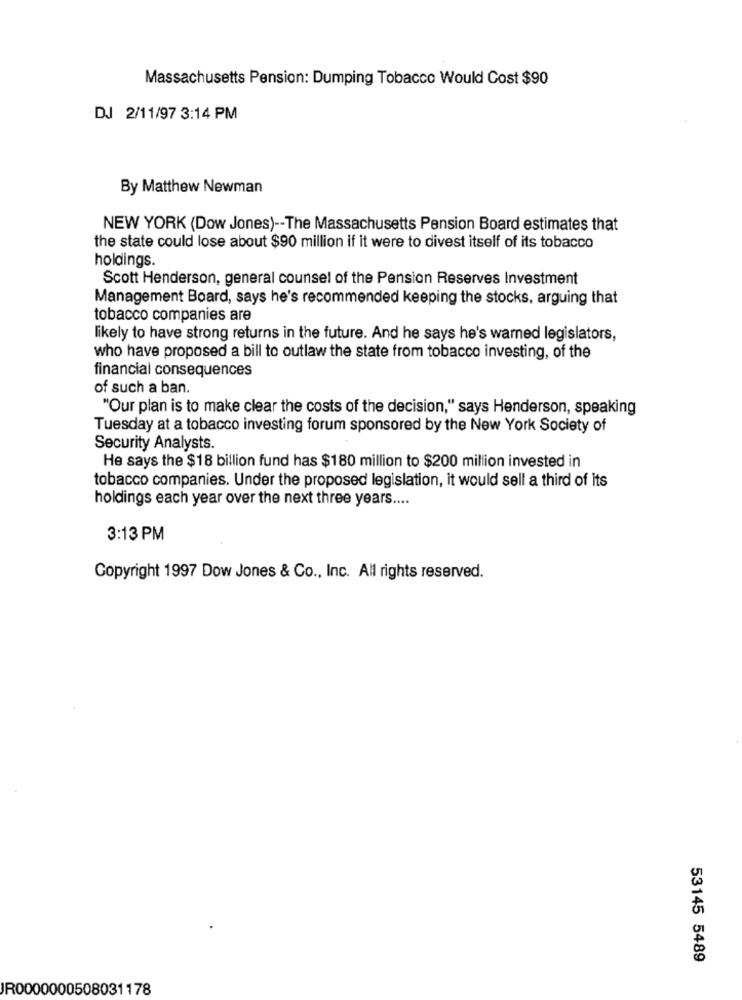
Massachusetts Pension: Dumping Tobacco Would Cost $90
DJ 2/11/97 3:14 PM
By Matthew Newman
NEW YORK (Dow Jones) -- The Massachusetts Pension Board estimates that
the state could lose about $90 million if it were to divest itself of its tobacco
holdings.
Scott Henderson, general counsel of the Pension Reserves Investment
Management Board, says he's recommended keeping the stocks, arguing that
tobacco companies are
likely to have strong returns in the future. And he says he's warned legislators,
who have proposed a bill to outlaw the state from tobacco investing, of the
financial consequences
of such a ban.
"Our plan is to make clear the costs of the decision," says Henderson, speaking
Tuesday at a tobacco investing forum sponsored by the New York Society of
Security Analysts.
He says the $18 billion fund has $180 million to $200 million invested in
tobacco companies. Under the proposed legislation, it would sell a third of its
holdings each year over the next three years ....
3:13 PM
Copyright 1997 Dow Jones & Co ., Inc. All rights reserved.
53145 5489
JR0000000508031178